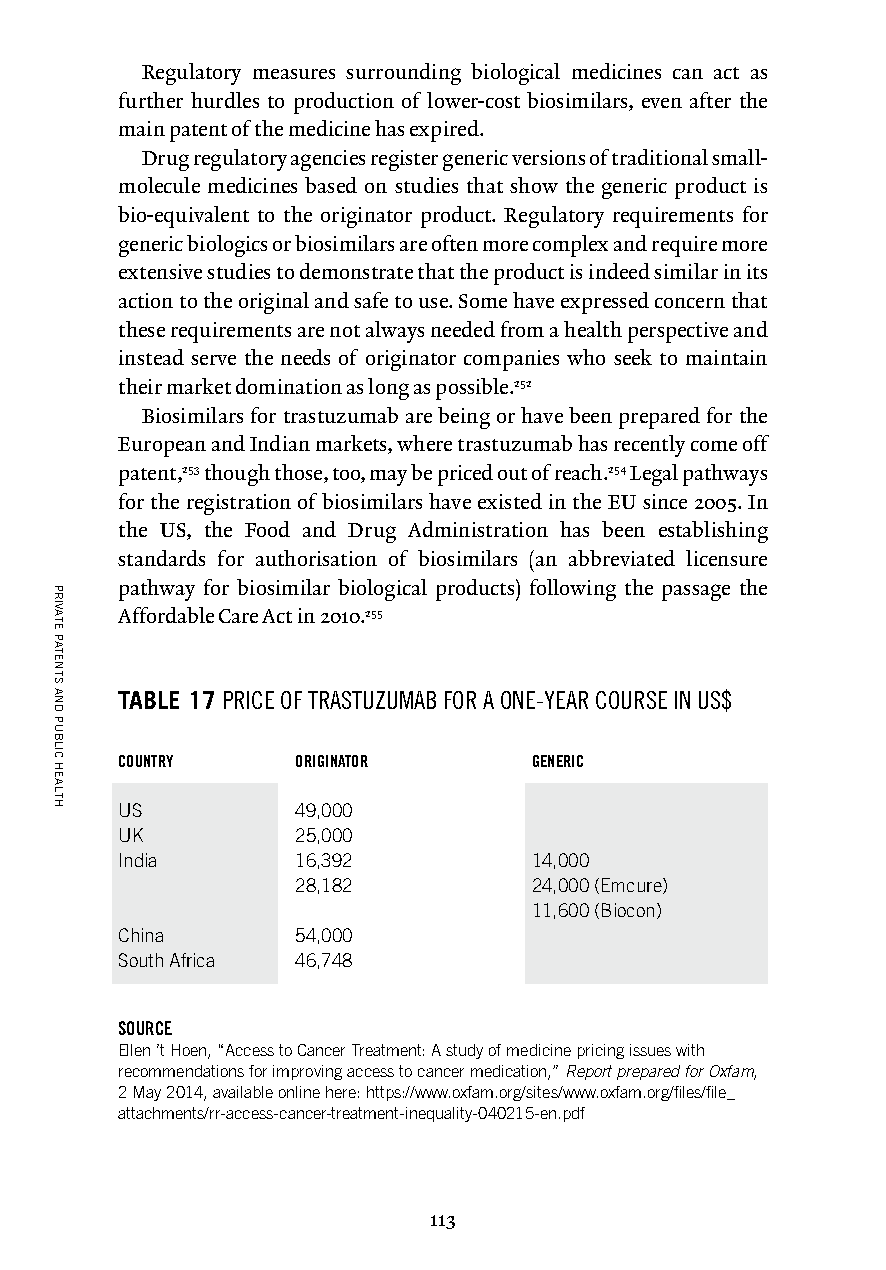
Regulatory measures surrounding biological medicines can act as
 further hurdles to production of lower-cost biosimilars, even after the
 main patent of the medicine has expired.
 Drug regulatory agencies register generic versions of traditional small-
 molecule medicines based on studies that show the generic product is
 bio-equivalent to the originator product. Regulatory requirements for
 generic biologics or biosimilars are often more complex and require more
 extensive studies to demonstrate that the product is indeed similar in its
 action to the original and safe to use. Some have expressed concern that
 these requirements are not always needed from a health perspective and
 instead serve the needs of originator companies who seek to maintain
 their market domination as long as possible.252
 Biosimilars for trastuzumab are being or have been prepared for the
 European and Indian markets, where trastuzumab has recently come off
 patent,253 though those, too, may be priced out of reach.254 Legal pathways
 for the registration of biosimilars have existed in the EU since 2005. In
 the US, the Food and Drug Administration has been establishing
 standards for authorisation of biosimilars (an abbreviated licensure
 pathway for biosimilar biological products) following the passage the
 Affordable Care Act in 2010.255
 TABLE 17 P RICE OF TRASTUZUMAB FOR A ONE-YEAR COURSE IN US$
 COUNTRY     ORIGINATOR     GENERIC
 US          49,000
 UK          25,000
 India       16,392         14,000
 28,182         24,000 (Emcure)
 11,600 (Biocon)
 China       54,000
 South Africa 46,748
 SOURCE
 Ellen ’t Hoen, “Access to Cancer Treatment: A study of medicine pricing issues with
 recommendations for improving access to cancer medication,” Report prepared for Oxfam,
 2 May 2014, available online here: https://www.oxfam.org/sites/www.oxfam.org/files/file_
 attachments/rr-access-cancer-treatment-inequality-040215-en.pdf
 113
 PRIVATE
 PATENTS
 AND
 PUBLIC
 HEALTH